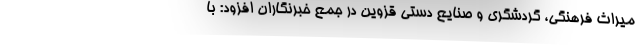
میراث فرهنگی، گردشگری و صنایع دستی قزوین در جمع خبرنگاران افزود: با